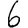
Digit: 6